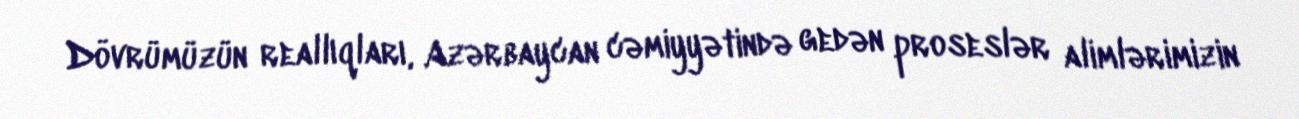
Dövrümüzün reallıqları, Azərbaycan cəmiyyətində gedən proseslər alimlərimizin